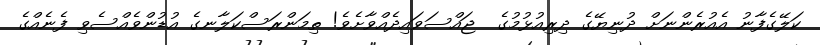
ކަލޭގެފާނު އެއުރެންނަށް ދުނިޔޭގެ ދިރިއުޅުމުގެ  ޖައްސަވައިދެއްވާށެވެ! ތިމަންރަސްކަލާނގެ އުޑުންވެއްސެވި ފެނެއްގެ